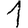
Digit: 1